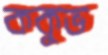
ককুভ